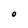
Character: O